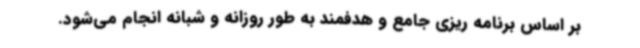
بر اساس برنامه ریزی جامع و هدفمند به طور روزانه و شبانه انجام می‌شود.